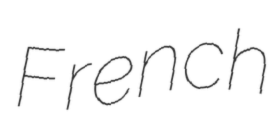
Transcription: French